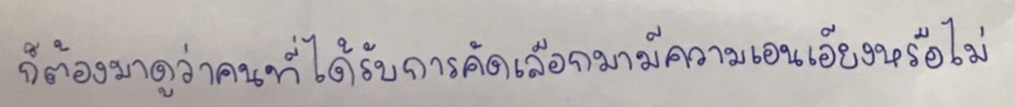
ก็ต้องมาดูว่าคนที่ได้รับการคัดเลือกมามีความเอนเอียงหรือไม่